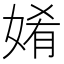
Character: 𮱋